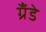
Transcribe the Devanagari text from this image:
ग्रॅंडे